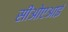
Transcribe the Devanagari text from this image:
सीओएआई